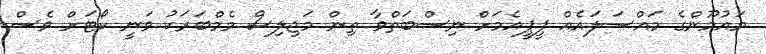
މައުމޫންގެ މައްސަލައެއް ޕީޕީއެމަށް ނިސްބަތްވާ ތިން މަޖިލިސް މެމްބަރަކު ވަނީ ކޯޓަށް ވެސް